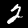
Label: 2